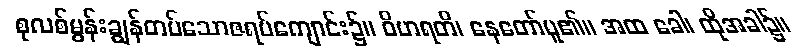
စုလစ်မွန်းချွန်တပ်သောဇရပ်ကျောင်း၌။ ဝိဟရတိ၊ နေတော်မူ၏။ အထ ခေါ၊ ထိုအခါ၌။